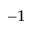
^ { - 1 }